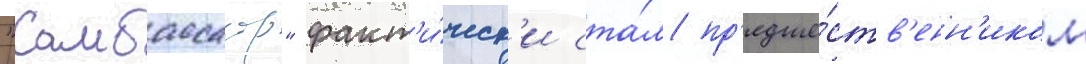
"амбассадор" факт'и́ческ'и ста́л пр'едше́ств'енн'иком